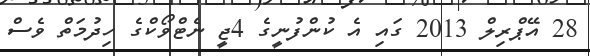
28 އޭޕްރިލް 2013 ގައި އެ ކުންފުނީގެ 4ޖީ ނެޓްވޯކްގެ ހިދުމަތް ވެސް